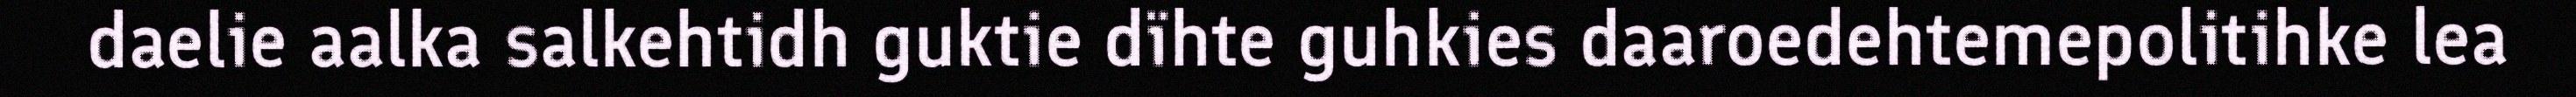
daelie aalka salkehtidh guktie dïhte guhkies daaroedehtemepolitihke lea